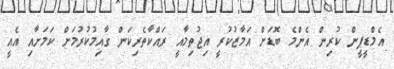
އެމްޑީޕީން ކުރިން އެންމެ ބޮޑަށް އަމާޒުކުރީ އިޖުތިމާއީ ރައްކާތެރިކަން ގާއިމުކުރުމަށް ކަމަށާއި އެއީ